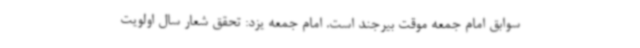
سوابق امام جمعه موقت بیرجند است. امام جمعه یزد: تحقق شعار سال اولویت